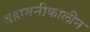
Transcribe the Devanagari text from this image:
बहामनीकालीन